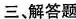
三解答题